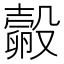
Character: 㲉